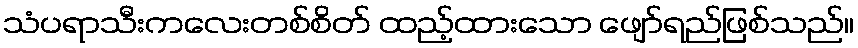
သံပရာသီးကလေးတစ်စိတ် ထည့်ထားသော ဖျော်ရည်ဖြစ်သည်။